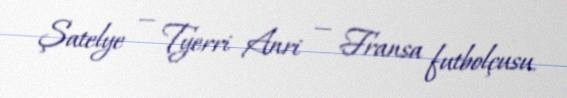
Şatelye — Tyerri Anri — Fransa futbolçusu.